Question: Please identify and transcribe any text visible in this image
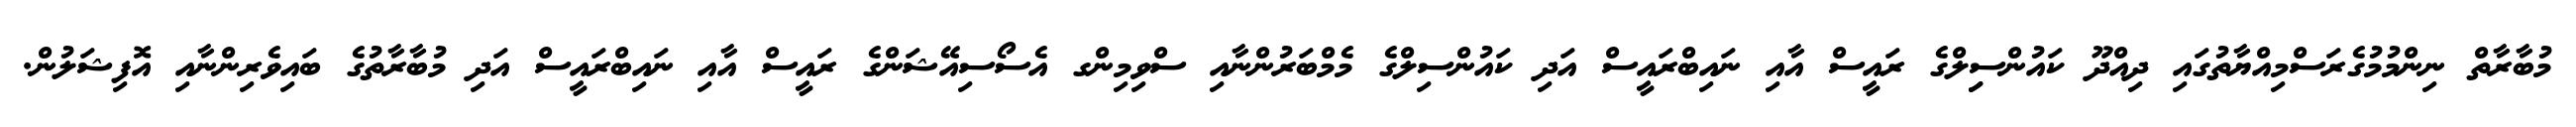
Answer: މުބާރާތް ނިންމުމުގެރަސްމިއްޔާތުގައި ދިއްދޫ ކައުންސިިލްގެ ރައީސް އާއި ނައިބްރައީސް އަދި ކައުންސިލްގެ މެމްބަރުންނާއި ސްވިމިންގ އެސޯސިއޭޝަންގެ ރައީސް އާއި ނައިބްރައީސް އަދި މުބާރާތުގެ ބައިވެރިންނާއި އޮފިޝަލުން.